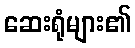
ဆေးရုံများ၏